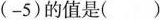
(-5)的值是()